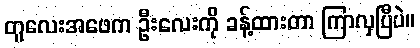
တူလေးအဖေက ဦးလေးကို ခန့်ထားတာ ကြာလှပြီပဲ။